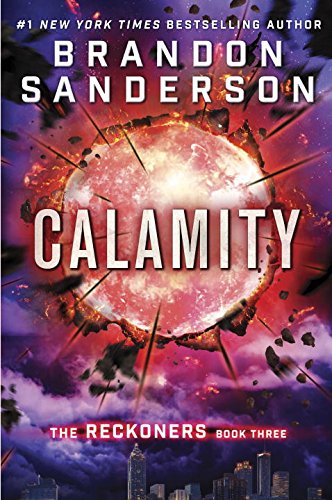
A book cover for Calamity (The Reckoners); Brandon Sanderson; Teen & Young Adult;